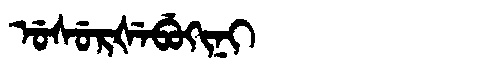
Manchu: ᡠᠰᡠᡵᡧᡝᠪᡠᡴᡳᠨᡳ
Romanization: USURŠEBUKINI